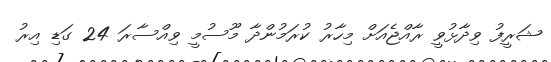
ޝަރީފު ވިދާޅުވީ ރާއްޖެއަށް މިހާރު ކުރަމުންދާ މޫސުމީ ވިއްސާރަ 24 ގަޑި އިރު